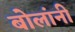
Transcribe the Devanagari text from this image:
बोलांनी